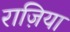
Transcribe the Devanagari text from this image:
राज़िया